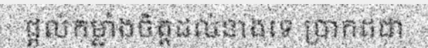
ផ្តល់កម្លាំងចិត្តដល់នាងទេ ប្រាកដជា